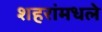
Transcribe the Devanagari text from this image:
शहरांमधले